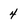
Character: 4